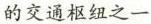
的交通枢纽之一